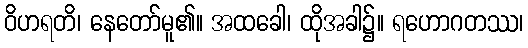
ဝိဟရတိ၊ နေတော်မူ၏။ အထခေါ၊ ထိုအခါ၌။ ရဟောဂတဿ၊